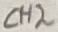
Text: CH2